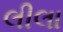
લીલા